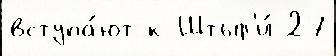
вступа́ют к Штыр'и́ 27